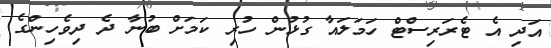
އަދި އެ ޓެރަރިސްޓް ހަމަލައާ ގުޅުން ހުރި ކަމަށް ބުނާ ދެ ދިވެހިންގެ